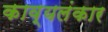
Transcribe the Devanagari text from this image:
काव्यलंकार